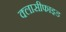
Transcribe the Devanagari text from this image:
क्लासीफाइड